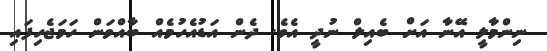
ނިންމާލީ އޭނާ އަށް ބެއިލް ނުދީ އެވެ. ދެން އަޑުއެހުމެއް ބާއްވަން ހަމަޖެހިފައި